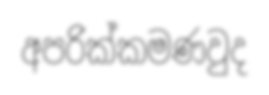
අපරික්කමණවුද